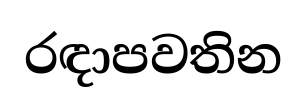
රඳාපවතින